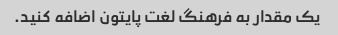
یک مقدار به فرهنگ لغت پایتون اضافه کنید.